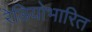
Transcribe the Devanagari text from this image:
रेडियोभारित